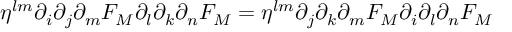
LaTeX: \eta ^ { l m } \partial _ { i } \partial _ { j } \partial _ { m } F _ { M } \partial _ { l } \partial _ { k } \partial _ { n } F _ { M } = \eta ^ { l m } \partial _ { j } \partial _ { k } \partial _ { m } F _ { M } \partial _ { i } \partial _ { l } \partial _ { n } F _ { M }